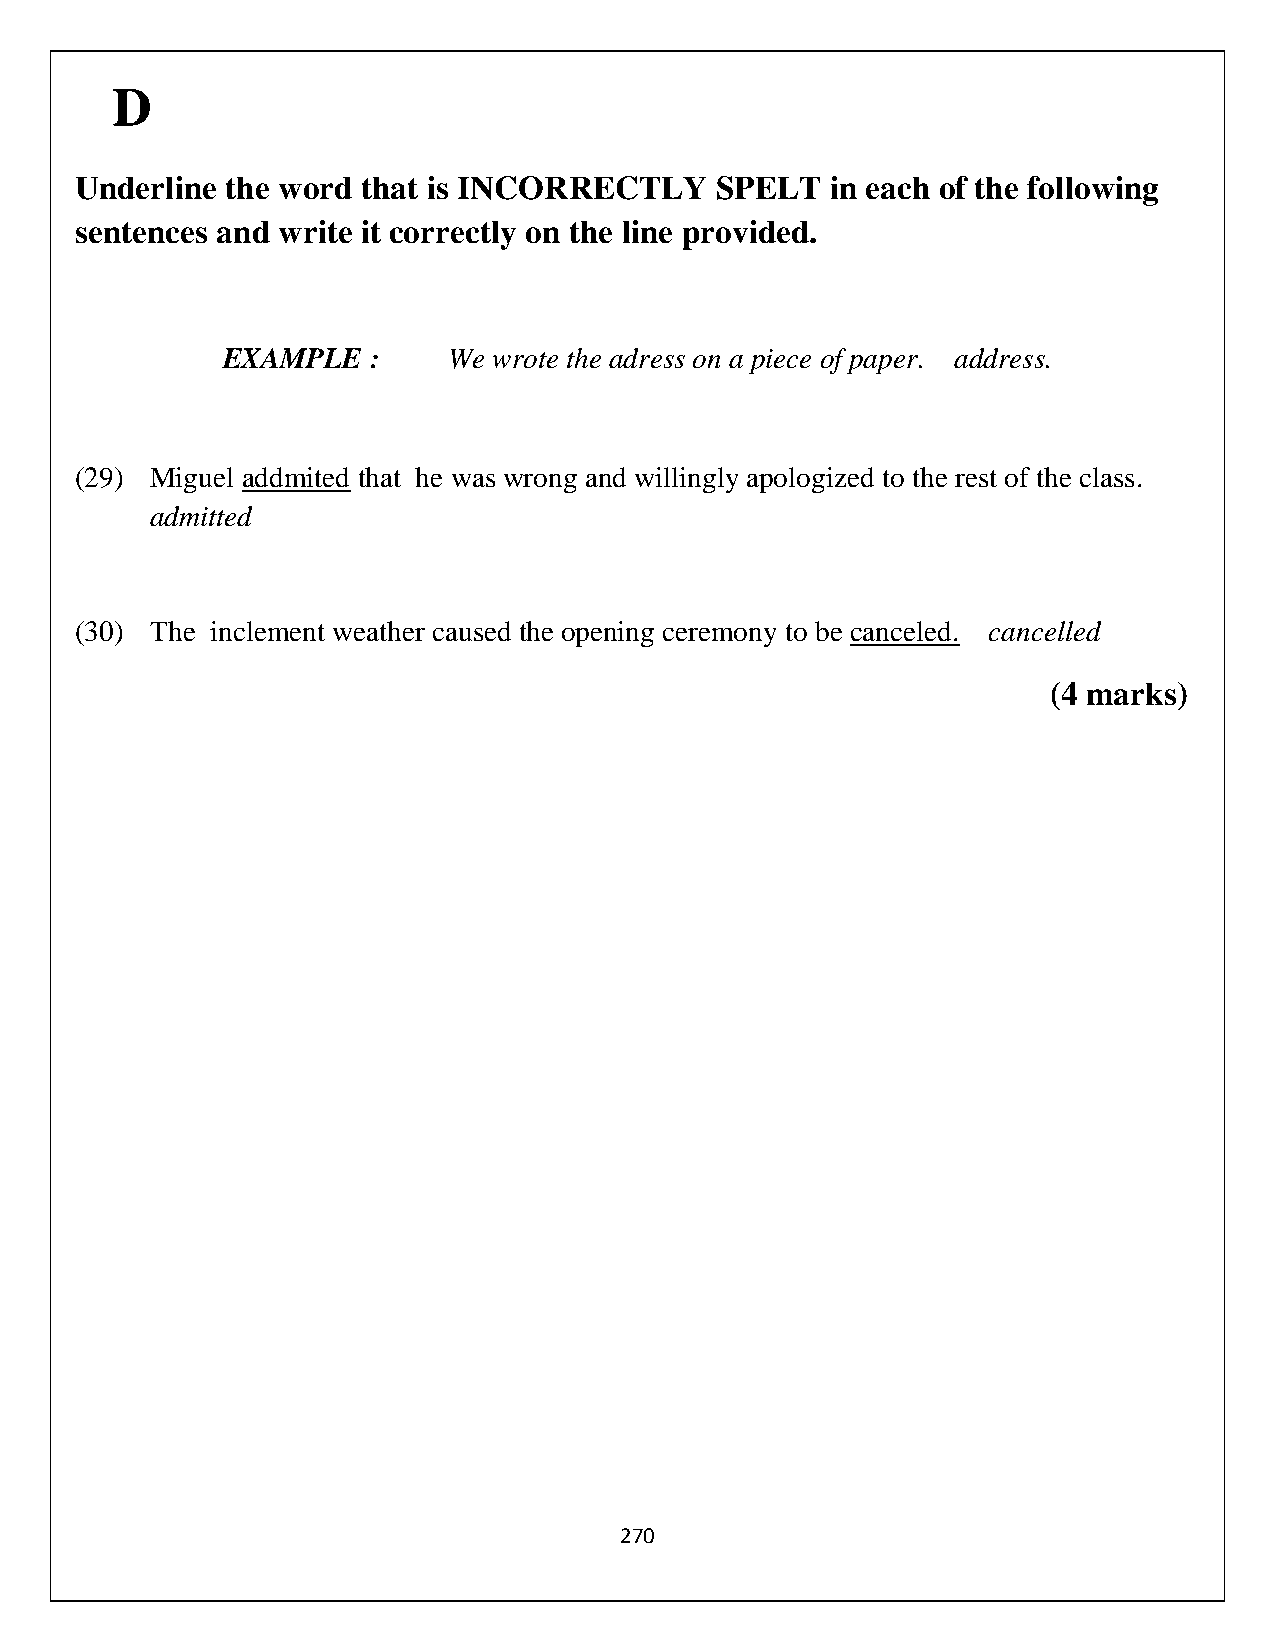
D
 Underline the word that is INCORRECTLY    SPELT   in each of the following
 sentences and write it correctly on the line provided.
 EXAMPLE  :     We wrote the adress on a piece of paper. address.
 (29) Miguel addmited that he was wrong and willingly apologized to the rest of the class.
 admitted
 (30) The inclement weather caused the opening ceremony to be canceled. cancelled
 (4 marks)
 270